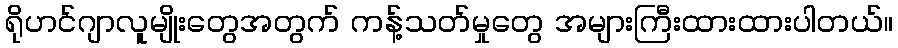
ရိုဟင်ဂျာလူမျိုးတွေအတွက် ကန့်သတ်မှုတွေ အများကြီးထားထားပါတယ်။